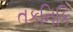
તકનિકિ